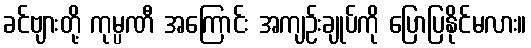
ခင်ဗျားတို့ ကုမ္ပဏီ အကြောင်း အကျဉ်းချုပ်ကို ပြောပြနိုင်မလား။